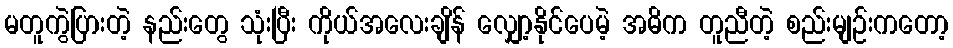
မတူကွဲပြားတဲ့ နည်းတွေ သုံးပြီး ကိုယ်အလေးချိန် လျှော့နိုင်ပေမဲ့ အဓိက တူညီတဲ့ စည်းမျဉ်းကတော့